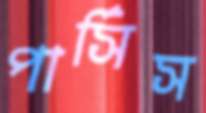
পার্সিস